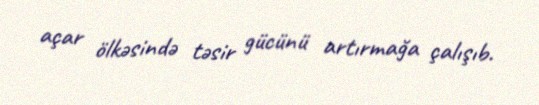
açar ölkəsində təsir gücünü artırmağa çalışıb.